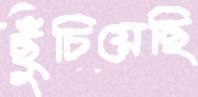
ছুঁচিয়েছি